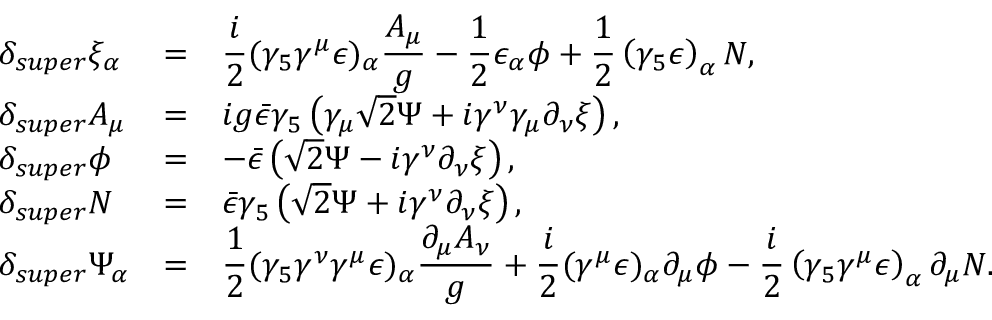
\begin{array} { l c l } { { \delta _ { s u p e r } \xi _ { \alpha } } } & { { = } } & { { \displaystyle \frac { i } { 2 } ( \gamma _ { 5 } \gamma ^ { \mu } \epsilon ) _ { \alpha } \frac { A _ { \mu } } { g } - \frac { 1 } { 2 } \epsilon _ { \alpha } \phi + { \frac { 1 } { 2 } } \left( \gamma _ { 5 } \epsilon \right) _ { \alpha } N , } } \\ { { \delta _ { s u p e r } A _ { \mu } } } & { { = } } & { { i g \bar { \epsilon } \gamma _ { 5 } \left( \gamma _ { \mu } \sqrt { 2 } \Psi + i \gamma ^ { \nu } \gamma _ { \mu } \partial _ { \nu } \xi \right) , } } \\ { { \delta _ { s u p e r } \phi } } & { { = } } & { { - \bar { \epsilon } \left( \sqrt { 2 } \Psi - i \gamma ^ { \nu } \partial _ { \nu } \xi \right) , } } \\ { { \delta _ { s u p e r } N } } & { { = } } & { { \bar { \epsilon } \gamma _ { 5 } \left( \sqrt { 2 } \Psi + i \gamma ^ { \nu } \partial _ { \nu } \xi \right) , } } \\ { { \delta _ { s u p e r } \Psi _ { \alpha } } } & { { = } } & { { \displaystyle \frac { 1 } { 2 } ( \gamma _ { 5 } \gamma ^ { \nu } \gamma ^ { \mu } \epsilon ) _ { \alpha } \frac { \partial _ { \mu } A _ { \nu } } { g } + \frac { i } { 2 } ( \gamma ^ { \mu } \epsilon ) _ { \alpha } \partial _ { \mu } \phi - { \frac { i } { 2 } } \left( \gamma _ { 5 } \gamma ^ { \mu } \epsilon \right) _ { \alpha } \partial _ { \mu } N . } } \end{array}